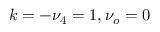
k = - \nu _ { 4 } = 1 , \nu _ { o } = 0